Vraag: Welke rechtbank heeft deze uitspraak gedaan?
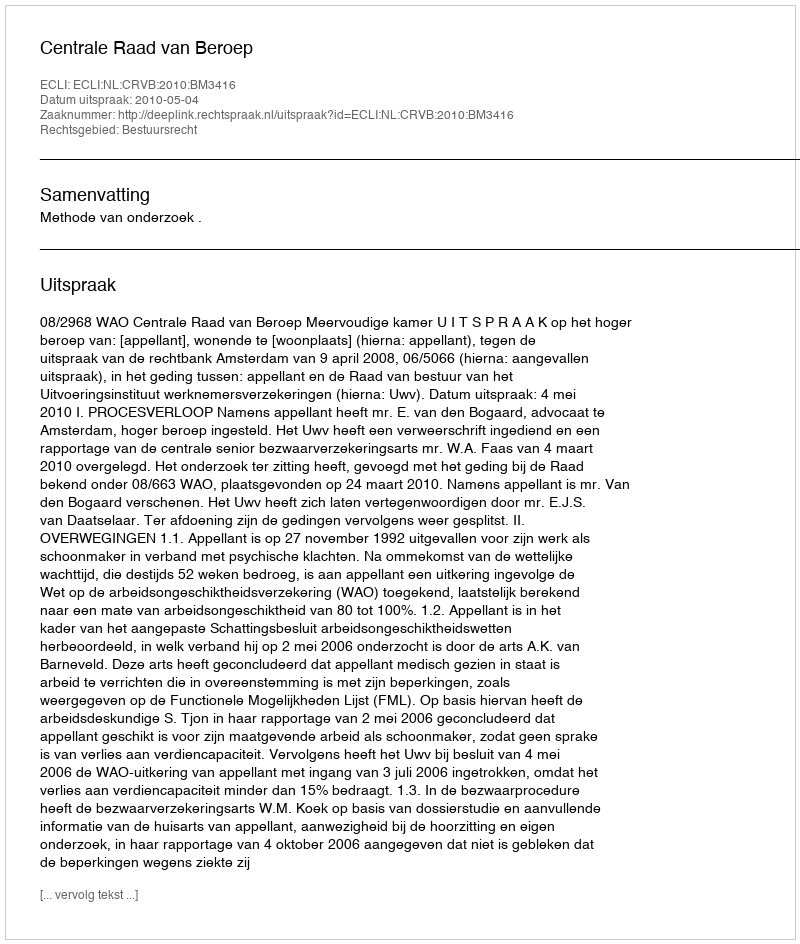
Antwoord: Centrale Raad van Beroep